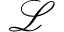
\mathcal { L }